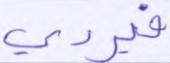
فيردي